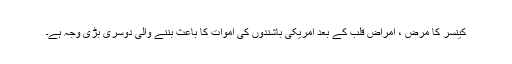
کینسر کا مرض ، امراض قلب کے بعد امریکی باشندوں کی اموات کا باعث بننے والی دوسری بڑی وجہ ہے۔